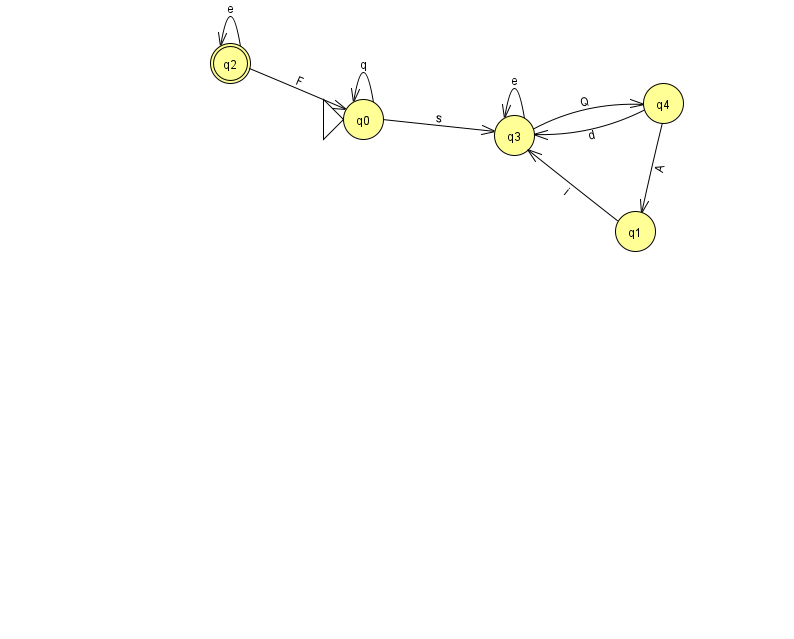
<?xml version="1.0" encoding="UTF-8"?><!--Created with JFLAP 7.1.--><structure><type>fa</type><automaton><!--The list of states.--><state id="0" name="q0"><x>363.0</x><y>106.0</y><initial/></state><state id="1" name="q1"><x>635.0</x><y>218.0</y></state><state id="2" name="q2"><x>230.0</x><y>50.0</y><final/></state><state id="3" name="q3"><x>514.0</x><y>122.0</y></state><state id="4" name="q4"><x>663.0</x><y>90.0</y></state><!--The list of transitions.--><transition><from>1</from><to>3</to><read>i</read></transition><transition><from>0</from><to>0</to><read>q</read></transition><transition><from>4</from><to>1</to><read>A</read></transition><transition><from>2</from><to>2</to><read>e</read></transition><transition><from>3</from><to>3</to><read>e</read></transition><transition><from>2</from><to>0</to><read>F</read></transition><transition><from>3</from><to>4</to><read>Q</read></transition><transition><from>0</from><to>3</to><read>s</read></transition><transition><from>4</from><to>3</to><read>d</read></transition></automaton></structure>